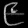
Digit: ၉